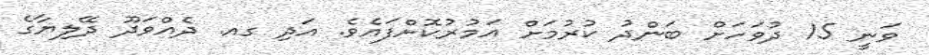
ވަނީ 15 ދުވަހަށް ބަންދު ކުރުމަށް އަމުރުކޮށްފައެވެ. އަދި ގއ. ދެއްވަދޫ ދޭލިޔާގެ